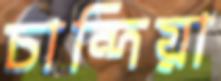
চান্দিয়া